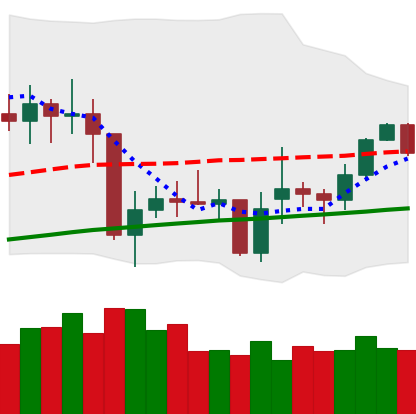
Ticker: XMR-USD
Chart end date: 2021-02-04
Forward return: 14.164%
Label: up_7plus